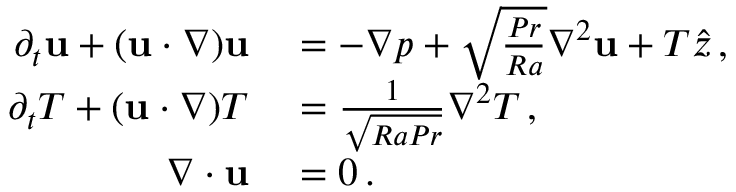
\begin{array} { r l } { \partial _ { t } { \bf u } + ( { \bf u } \cdot \nabla ) { \bf u } } & { { } = - \nabla p + \sqrt { \frac { P r } { R a } } \nabla ^ { 2 } { \bf u } + T \hat { z } \, , } \\ { \partial _ { t } T + ( { \bf u } \cdot \nabla ) T } & { { } = { \frac { 1 } { \sqrt { R a P r } } } \nabla ^ { 2 } T \, , } \\ { \nabla \cdot { \bf u } } & { { } = 0 \, . } \end{array}